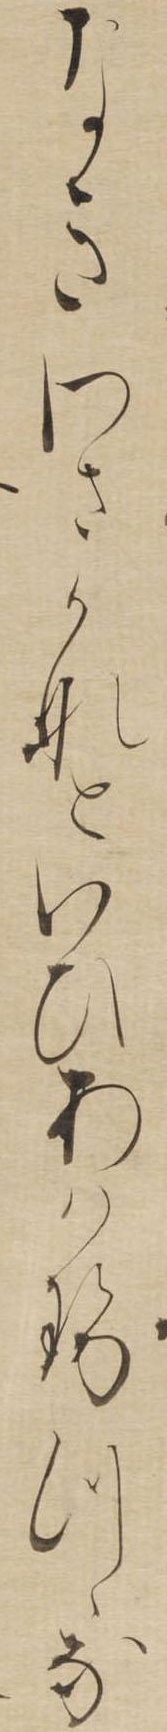
なきわさかなといひあはせつゝな